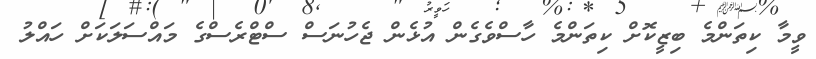
ވީމާ ކިތަންމެ ބިޒީކޮށް ކިތަންމެ ހާސްވެގެން އުޅެން ޖެހުނަސް ސްޓްރެސްގެ މައްސަލަކަށް ހައްލު